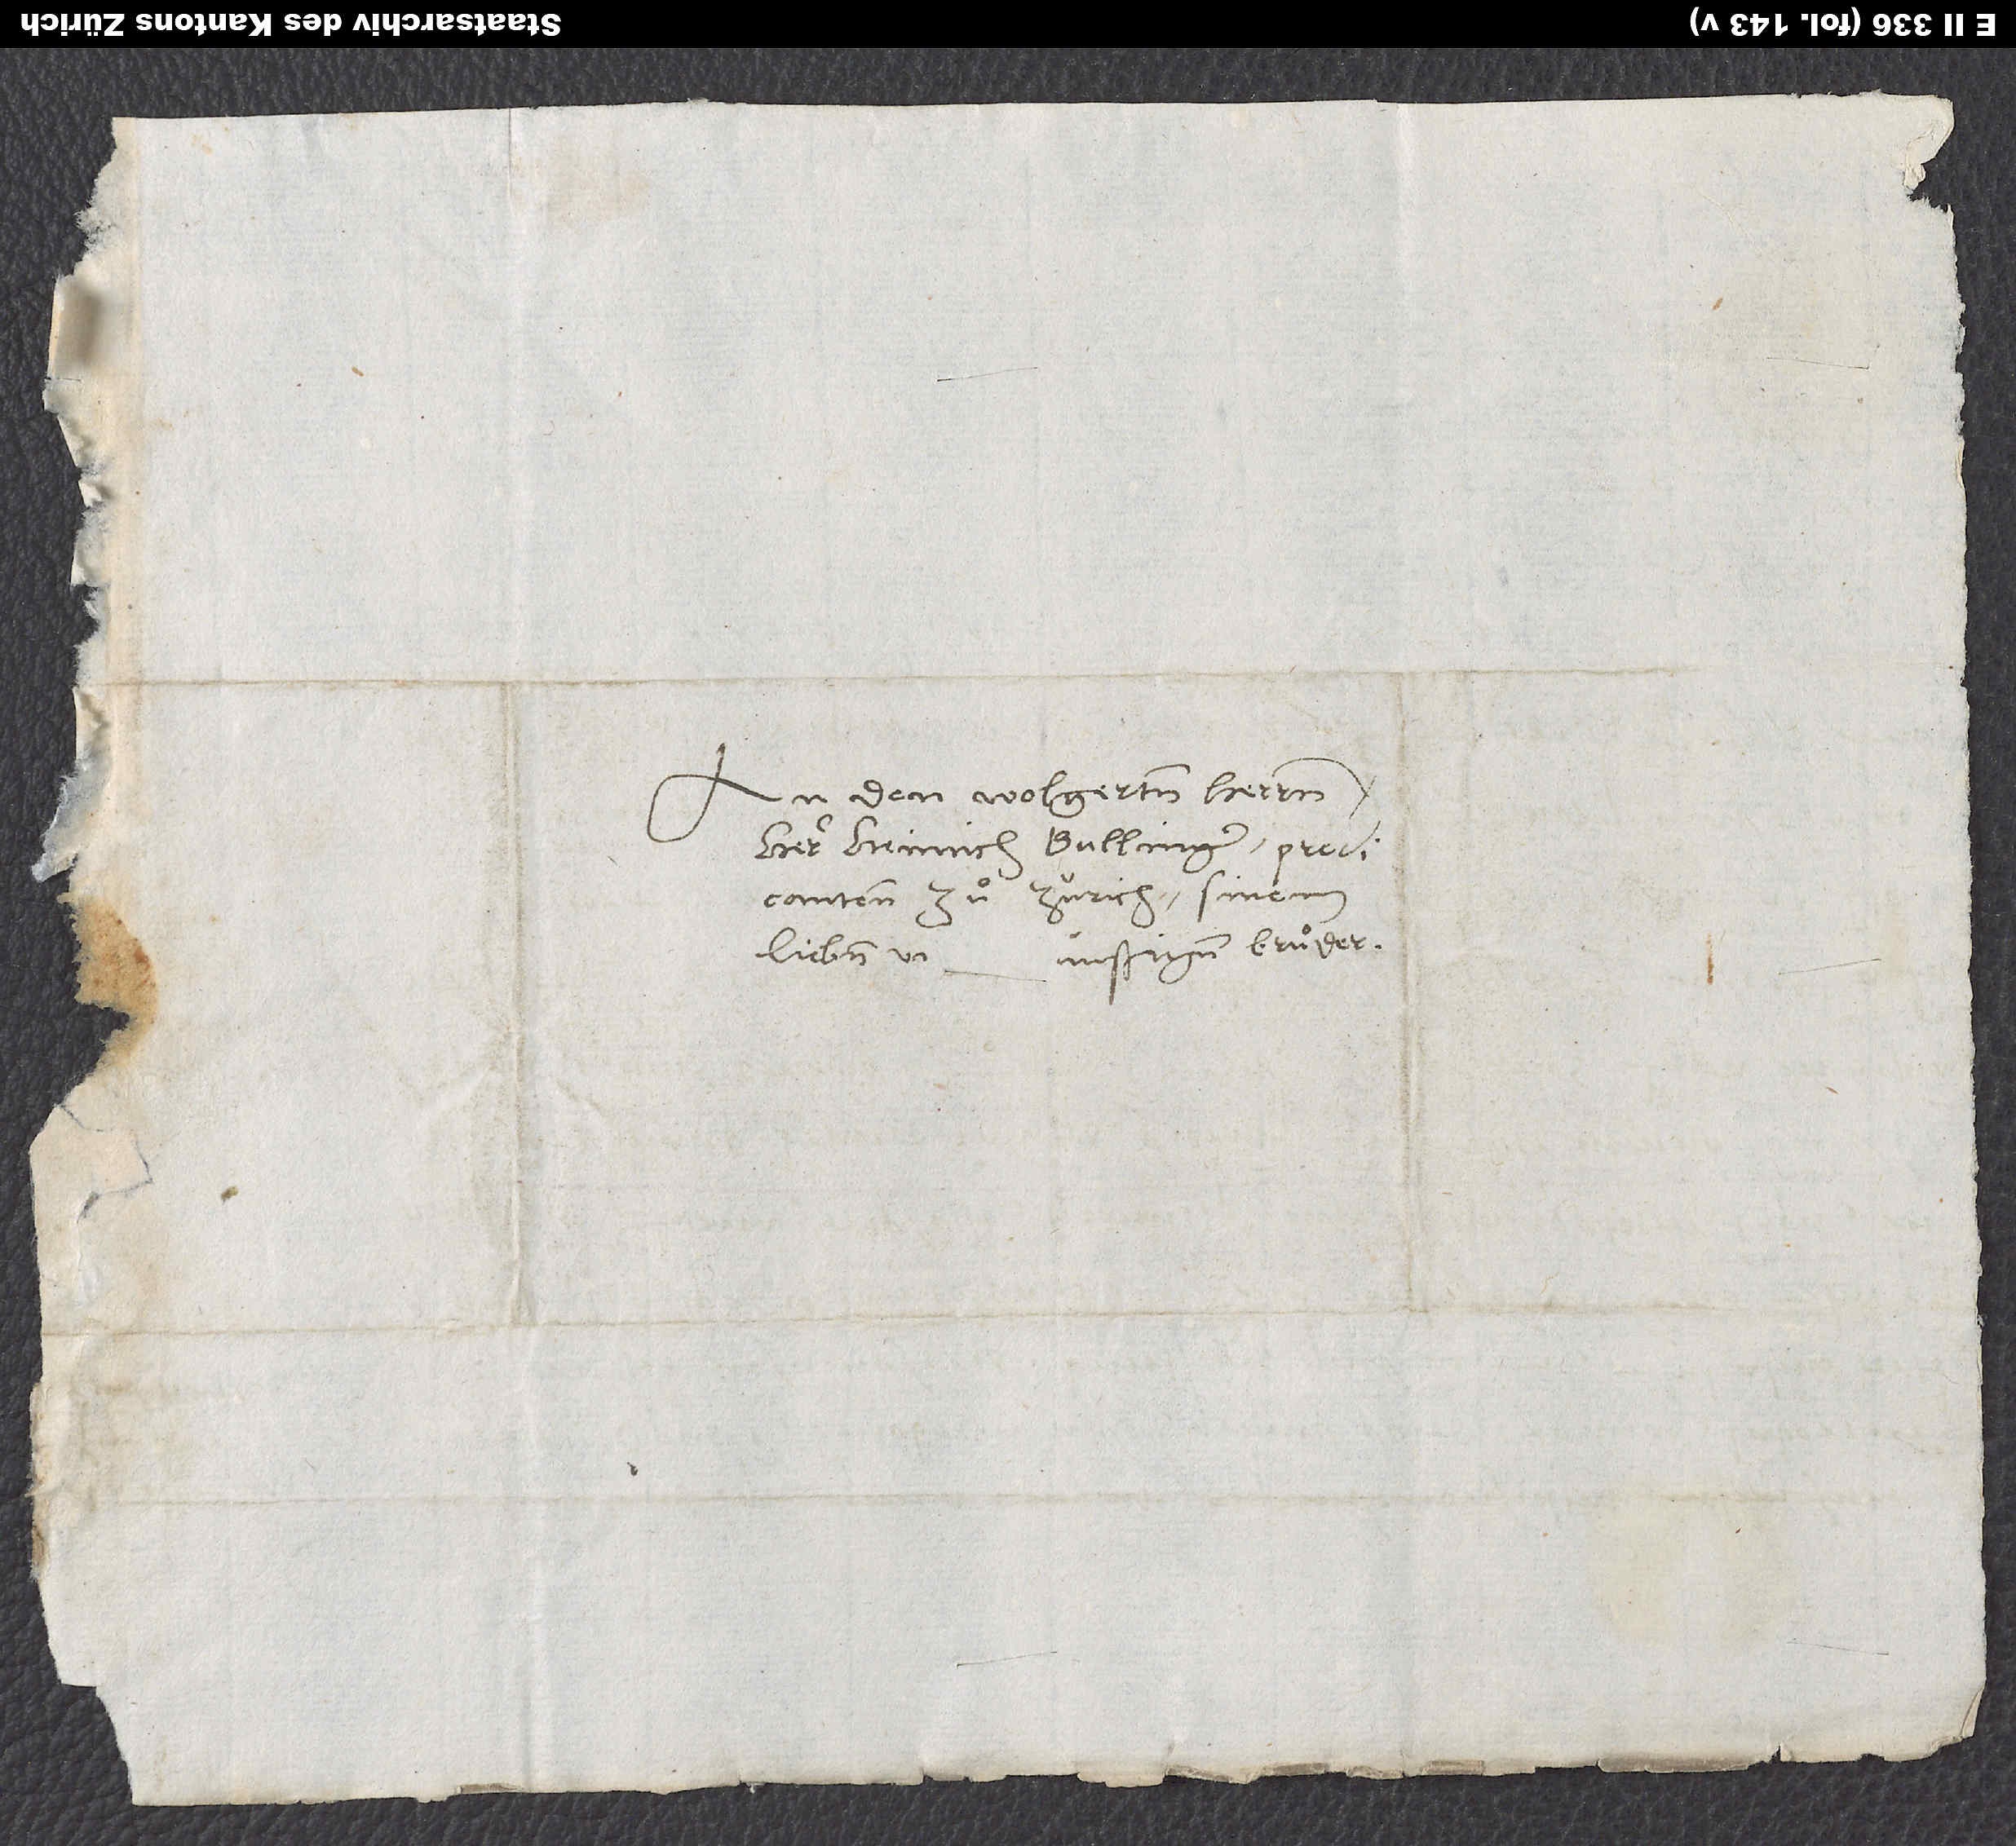
An den wolgelerten herren
herr Heinrich Bullinger, predicanten
zuͦ Zürich, sinem
lieben und günstigen bruͦder.